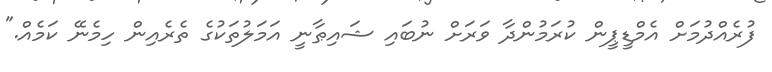
ފުރެއްދުމަށް އެމްޑީޕީން ކުރަމުންދާ ވަރަށް ނުބައި ޝައިޠާނީ އަމަލުތަކުގެ ތެރެއިން ހިމެނޭ ކަމެއް."